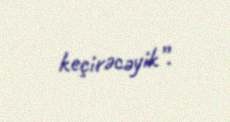
keçirəcəyik”.